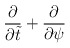
\begin{align*}{\partial \over \partial \tilde{t}} + {\partial \over \partial \psi}\end{align*}